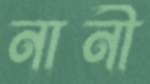
নানী